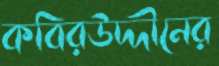
কবিরউদ্দীনের